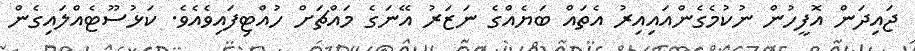
ޖައިދަން އޮފީހުން ނުކުމެގެންއައިއިރު އެތައް ބަޔެއްގެ ނަޒަރު އޭނަގެ މައްޗަށް ހުއްޓިފައިވެއެވެ. ކަޅުސޫޓެއްލައިގެން